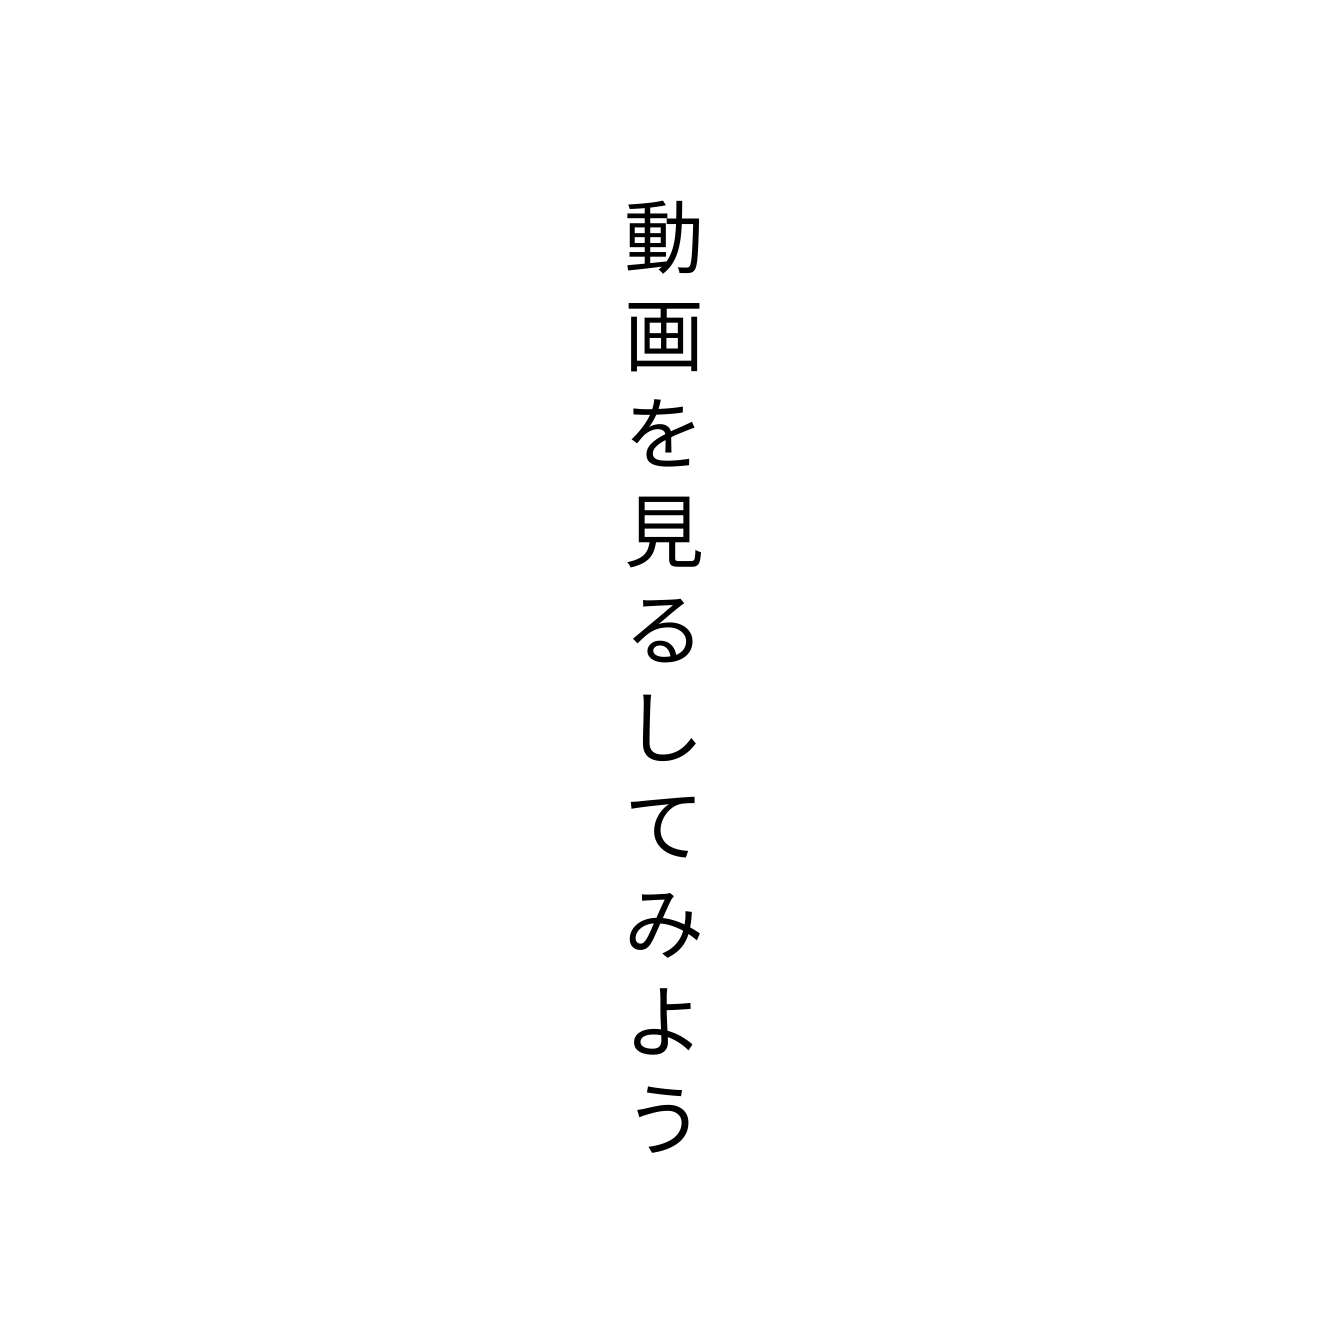
動画を見るしてみよう